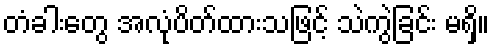
တံခါးတွေ အလုံပိတ်ထားသဖြင့် သဲကွဲခြင်း မရှိ။